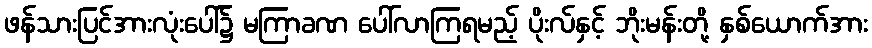
ဖန်သားပြင်အားလုံးပေါ်၌ မကြာခဏ ပေါ်လာကြရမည့် ပိုးလ်နှင့် ဘိုးမန်းတို့ နှစ်ယောက်အား